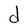
Character: d